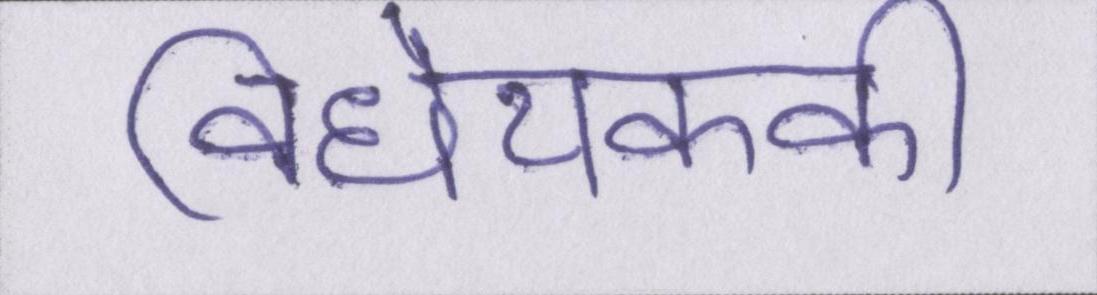
विधेयककी